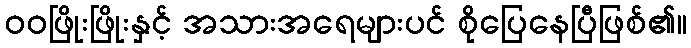
ဝဝဖြိုးဖြိုးနှင့် အသားအရေများပင် စိုပြေနေပြီဖြစ်၏။